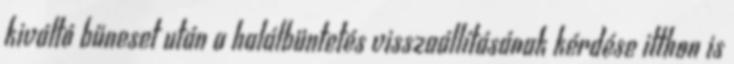
kiváltó bűneset után a halálbüntetés visszaállításának kérdése itthon is